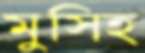
মুসিহ